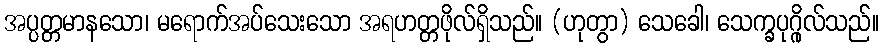
အပ္ပတ္တမာနသော၊ မရောက်အပ်သေးသော အရဟတ္တဖိုလ်ရှိသည်။ (ဟုတွာ) သေခေါ၊ သေက္ခပုဂ္ဂိုလ်သည်။